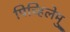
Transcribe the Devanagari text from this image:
पिच्हिलेमु